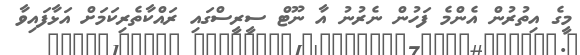
މީގެ އިތުރުން އެންމެ ފަހުން ނެރުނު އާ ނޫޓް ސީރީސްގައި ރައްކާތެރިކަމަށް އަޅާފައިވާ